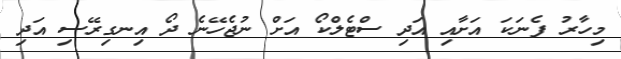
މިހާރު ފެނަކަ އަށާއި އަދި ސްޓެލްކޯ އަށް ނުޖެހޭނެ ދޯ އިނގިރޭސި އަދި